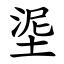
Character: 埿